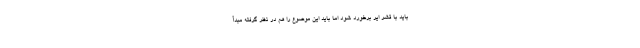
باید با قشر ایر برخورد شود اما باید این موضوع را هم در نظر گرفته مبدأ